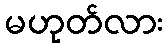
မဟုတ်လား